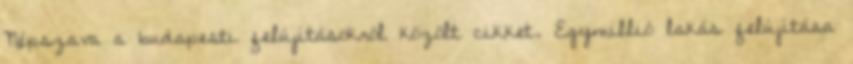
Népszava a budapesti felújításokról közölt cikket. Egymillió lakás felújítása